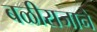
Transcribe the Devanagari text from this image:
बळीराजाने